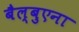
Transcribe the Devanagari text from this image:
बैल्बुएना